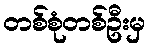
တစ်စုံတစ်ဦးမှ